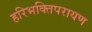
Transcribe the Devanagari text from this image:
हरिभक्तिपरायण